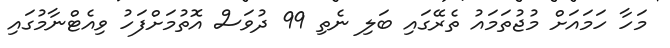
މަހާ ހަމައަށް މުޖުތަމައު ތެރޭގައި ބަލި ނެތި 99 ދުވަސް އޮތުމަށްފަހު ވިއެޓްނާމުގައި